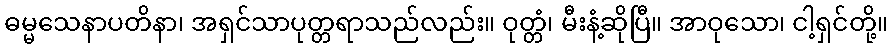
ဓမ္မသေနာပတိနာ၊ အရှင်သာပုတ္တရာသည်လည်း။ ဝုတ္တံ၊ မီးနံ့ဆိုပြီ။ အာဝုသော၊ ငါ့ရှင်တို့။